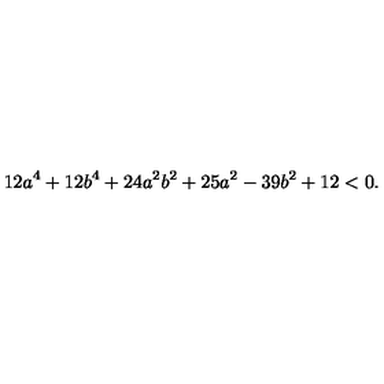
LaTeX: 1 2 a ^ { 4 } + 1 2 b ^ { 4 } + 2 4 a ^ { 2 } b ^ { 2 } + 2 5 a ^ { 2 } - 3 9 b ^ { 2 } + 1 2 < 0 .